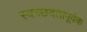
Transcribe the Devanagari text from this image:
स्वच्छदतापूर्वक